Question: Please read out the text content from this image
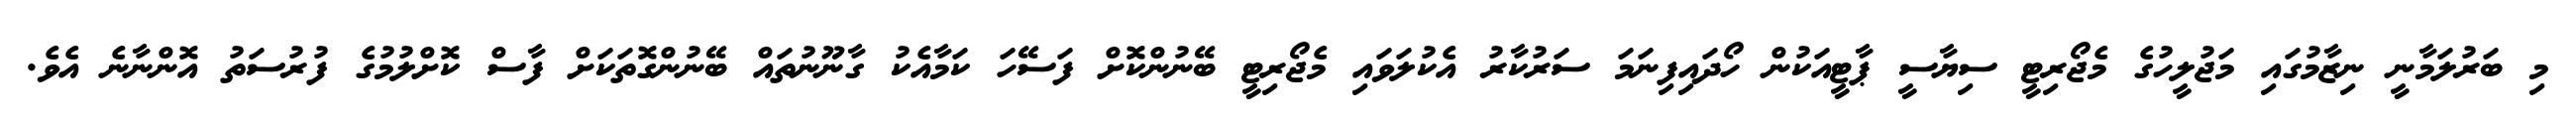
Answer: މި ބަރުލަމާނީ ނިޒާމުގައި މަޖުލީހުގެ މެޖޯރިޓީ ސިޔާސީ ޕާޓީއަކުން ހޯދައިފިނަމަ ސަރުކާރު އެކުލަވައި މެޖޯރިޓީ ބޭނުންކޮށް ފަސޭހަ ކަމާއެކު ގާނޫނުތައް ބޭނުންގޮތަކަށް ފާސް ކޮށްލުމުގެ ފުރުސަތު އޮންނާނެ އެވެ.